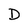
Character: D